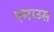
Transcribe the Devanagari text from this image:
एमाउस